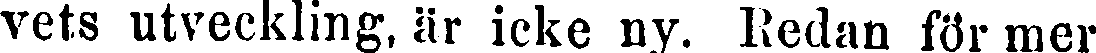
vets utveckling, är icke ny. Redan för mer